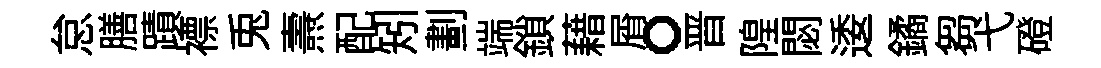
怠膳蹟褾兎燾配矧劃端鎖藉屑。晋隍閟逶鐍芻弋磴